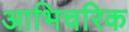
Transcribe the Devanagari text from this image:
आभिचरिक